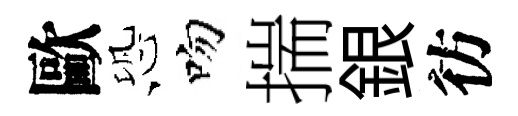
歐恐吻揣銀彷